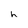
Character: h